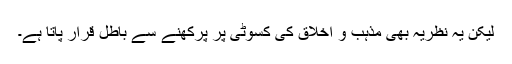
لیکن یہ نظریہ بھی مذہب و اخلاق کی کسوٹی پر پرکھنے سے باطل قرار پاتا ہے۔